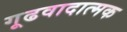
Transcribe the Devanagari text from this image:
गूढवादात्मक